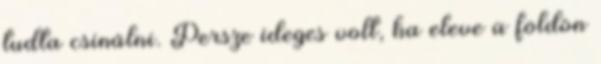
tudta csinálni. Persze ideges volt, ha eleve a földön